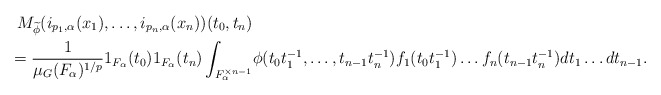
\begin{align*}M_{\widetilde{\phi}} (i_{p_1, \alpha}(x_1),\ldots,i_{p_n, \alpha}(x_n)) (t_0,t_{n}) & \\ =\frac{1}{\mu_G(F_\alpha)^{1/p}} 1_{F_\alpha}(t_0)1_{F_\alpha}(t_n) \int_{F_\alpha^{\times n-1}} & \phi(t_0t_1^{-1},\ldots, t_{n-1}t_n^{-1}) f_1(t_0t_1^{-1})\ldots f_n(t_{n-1}t_n^{-1}) dt_1 \ldots dt_{n-1}.\end{align*}